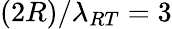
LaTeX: (2R)/\lambda_{RT}=3